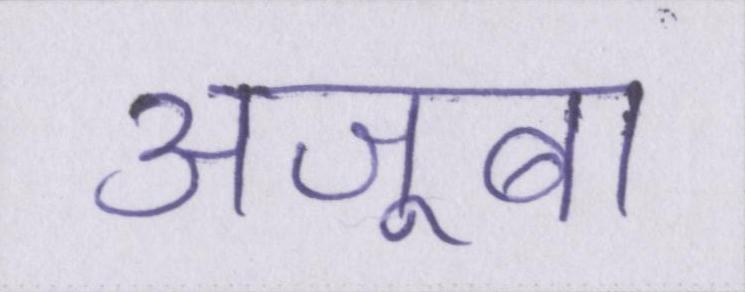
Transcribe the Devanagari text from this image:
अजूबा